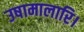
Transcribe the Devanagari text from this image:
उषामालारि।